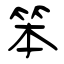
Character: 笨